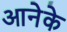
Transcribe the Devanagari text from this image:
आनेके